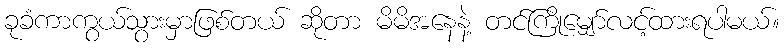
ခုခံကာကွယ်သွားမှာဖြစ်တယ် ဆိုတာ မိမိအနေနဲ့ တင်ကြိုမျှော်လင့်ထားရပါမယ်။